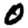
Digit: 0